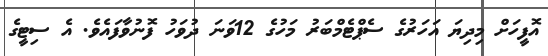
އޮފީހަށް މިދިޔަ އަހަރުގެ ސެޕްޓެމްބަރު މަހުގެ 12ވަނަ ދުވަހު ފޮނުވާފައެވެ. އެ ސިޓީގެ